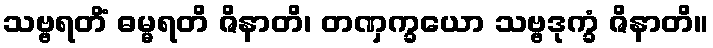
သဗ္ဗရတိံ ဓမ္မရတိ ဇိနာတိ၊ တဏှက္ခယော သဗ္ဗဒုက္ခံ ဇိနာတိ။